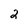
Character: 2